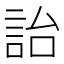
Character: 詒